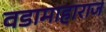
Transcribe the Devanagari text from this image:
वडामाहाराज